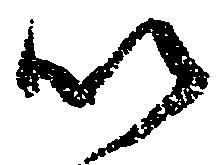
以